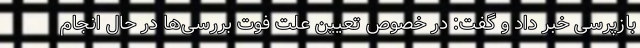
بازپرسی خبر داد و گفت: در خصوص تعیین علت فوت بررسی‌ها در حال انجام